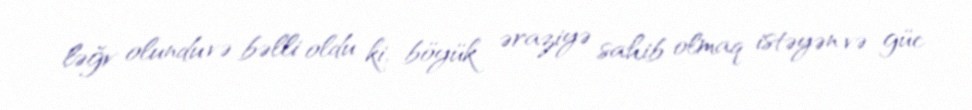
ləğv olundu və bəlli oldu ki, böyük əraziyə sahib olmaq istəyən və güc